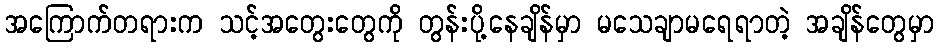
အကြောက်တရားက သင့်အတွေးတွေကို တွန်းပို့နေချိန်မှာ မသေချာမရေရာတဲ့ အချိန်တွေမှာ